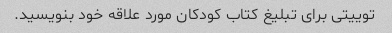
توییتی برای تبلیغ کتاب کودکان مورد علاقه خود بنویسید.